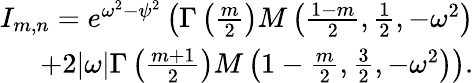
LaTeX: \begin{array}{r}{I_{m,n}=e^{\omega^{2}-\psi^{2}}\left(\Gamma\left(\frac{m}{2}\right)M\left(\frac{1-m}{2},\frac{1}{2},-\omega^{2}\right)\right.}\\ {\left.+2|\omega|\Gamma\left(\frac{m+1}{2}\right)M\left(1-\frac{m}{2},\frac{3}{2},-\omega^{2}\right)\right).}\end{array}